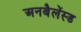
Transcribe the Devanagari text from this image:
अनबैलेंस्ड